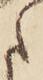
た